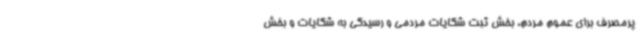
پرمصرف برای عموم مردم، بخش ثبت شکایات مردمی و رسیدگی به شکایات و بخش